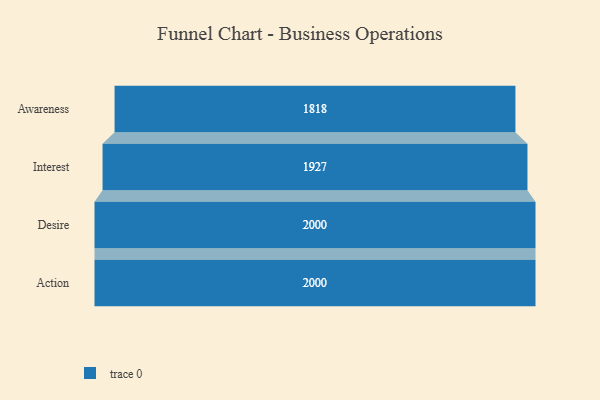
{"axis": {"x": "Stage", "y": "Value"}, "legend": [""], "data": [{"x": "Awareness", "y": 1818.0, "type": ""}, {"x": "Interest", "y": 1927.0, "type": ""}, {"x": "Desire", "y": 2000, "type": ""}, {"x": "Action", "y": 2000, "type": ""}]}